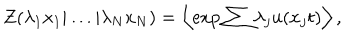
Z ( \lambda _ { 1 } x _ { 1 } | \ldots | \lambda _ { N } x _ { N } ) = \left\langle \exp { \sum { \lambda _ { j } u ( x _ { j } t ) } } \right\rangle ,